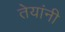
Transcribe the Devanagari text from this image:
तेयांनी